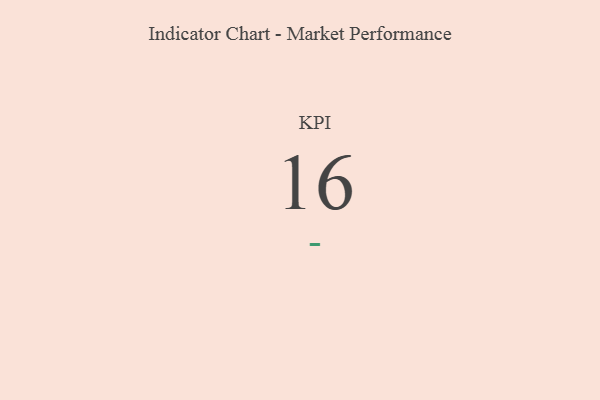
{"axis": {"x": "KPI", "y": "Value"}, "legend": [""], "data": [{"x": "KPI", "y": 16, "type": ""}]}